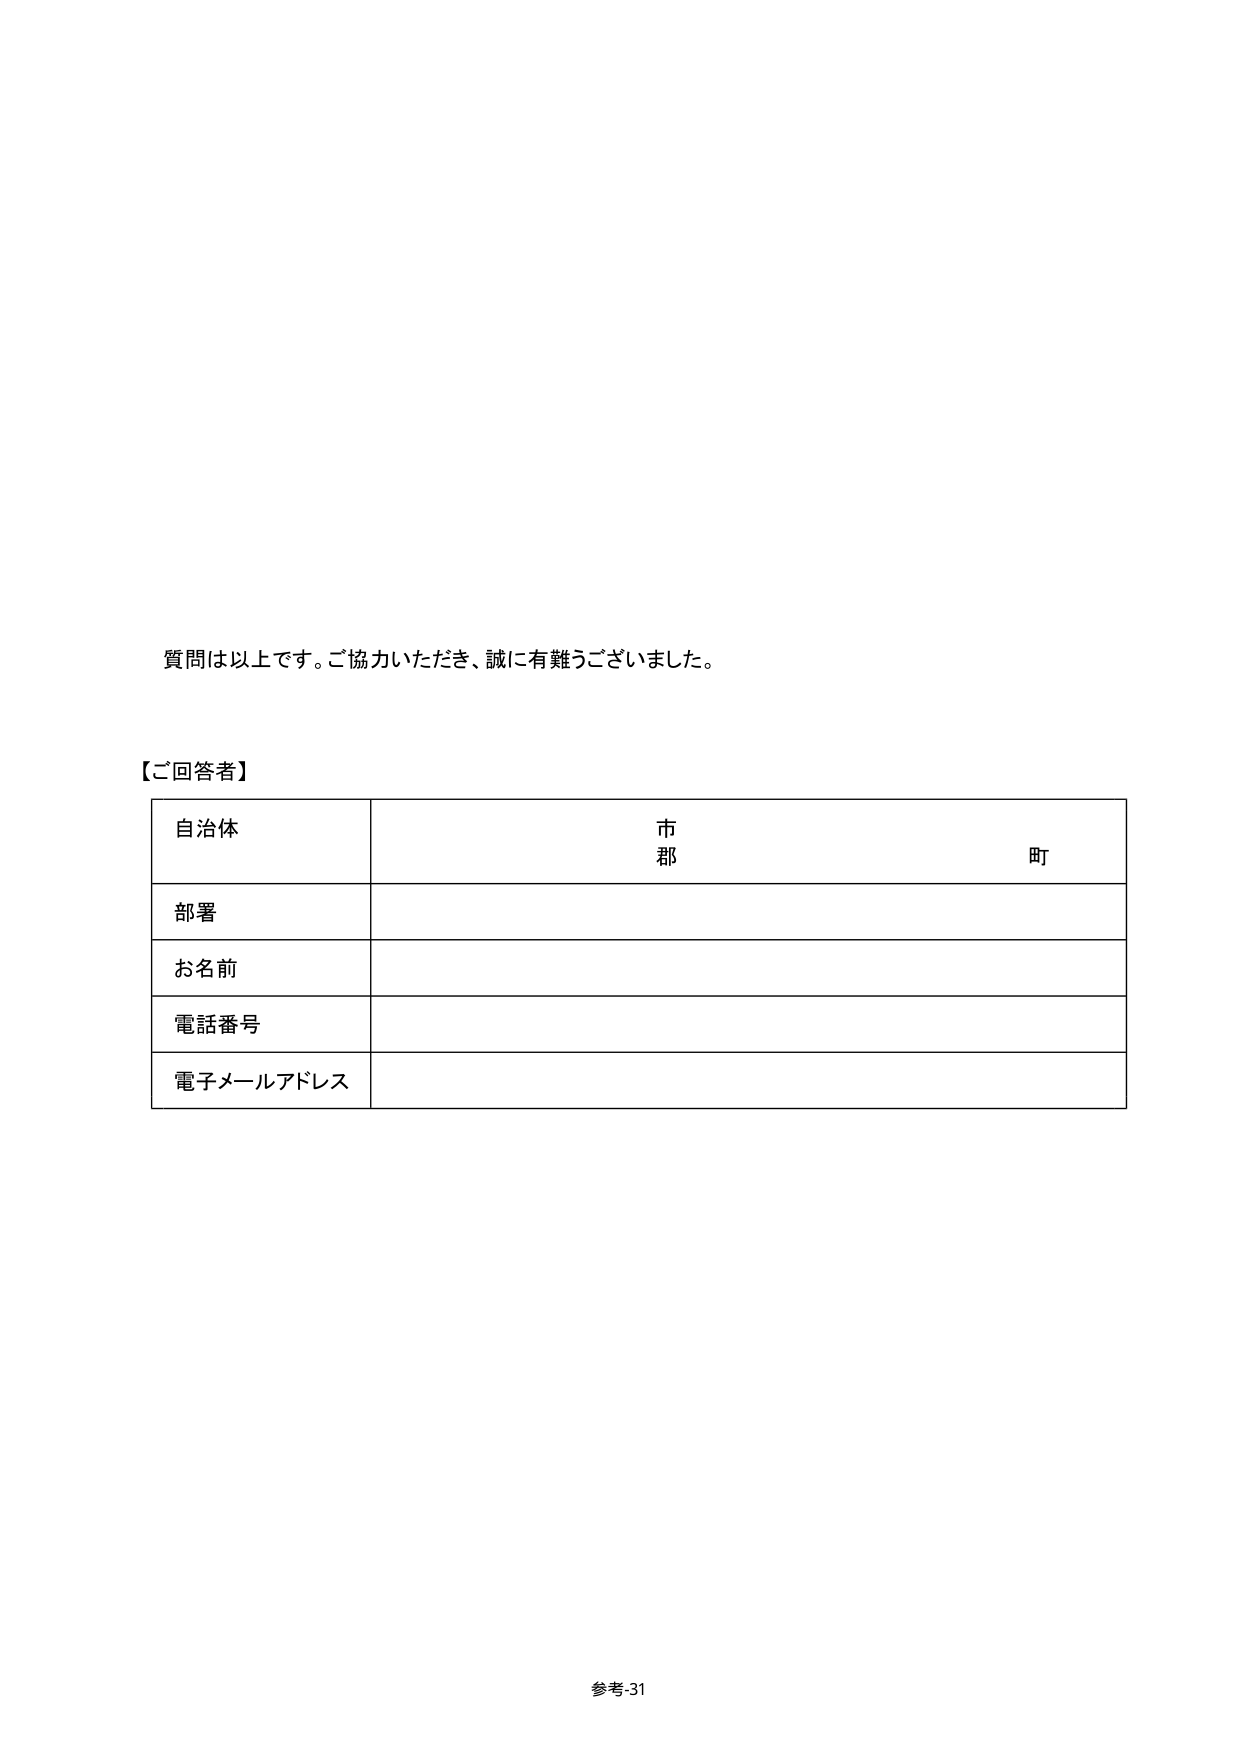
質問は以上です。ご協力いただき、誠に有難うございました。

【ご回答者】

自治体　　　　　　　　　　　　　市　　　　　　　　　　　　　町
　　　　　　　　　　　　　　　　郡

部署

お名前

電話番号

電子メールアドレス

参考-31